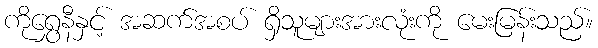
ကိုရွှေနီနှင့် အဆက်အစပ် ရှိသူများအားလုံးကို မေးမြန်းသည်။